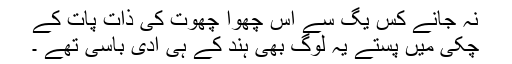
نہ جانے کس یُگ سے اِس چھوا چھوت کی ذات پات کے
چکی میں پِستے یہ لوگ بھی ہند کے ہی آدی باسی تھے ۔